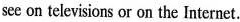
see on televisions or on the Internet.